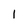
Character: 1